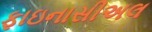
ફાઇનાસીઅલ